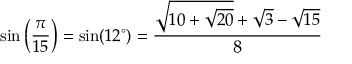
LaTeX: \sin \left( { \frac { \pi } { 1 5 } } \right) = \sin ( 1 2 ^ { \circ } ) = { \frac { { \sqrt { 1 0 + { \sqrt { 2 0 } } } } + { \sqrt { 3 } } - { \sqrt { 1 5 } } } { 8 } }